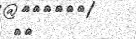
٣٤